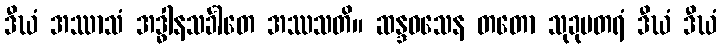
ဒီဃံ အဿာသံ အဒ္ဓါနသင်္ခါတေ အဿသတိ။ ဆန္ဒဝသေန တတော သုခုမတရံ ဒီဃံ ဒီဃံ